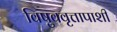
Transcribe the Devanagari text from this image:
विषुववृत्तापाशी